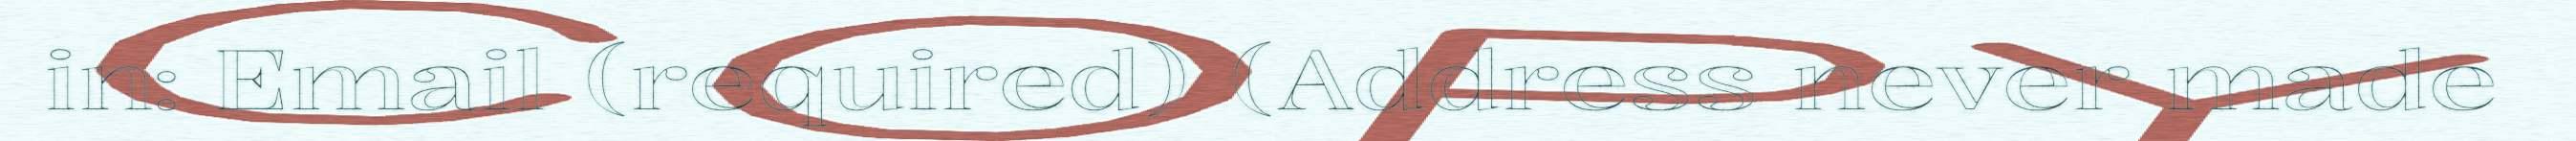
in: Email (required) (Address never made